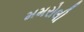
મમરોલી